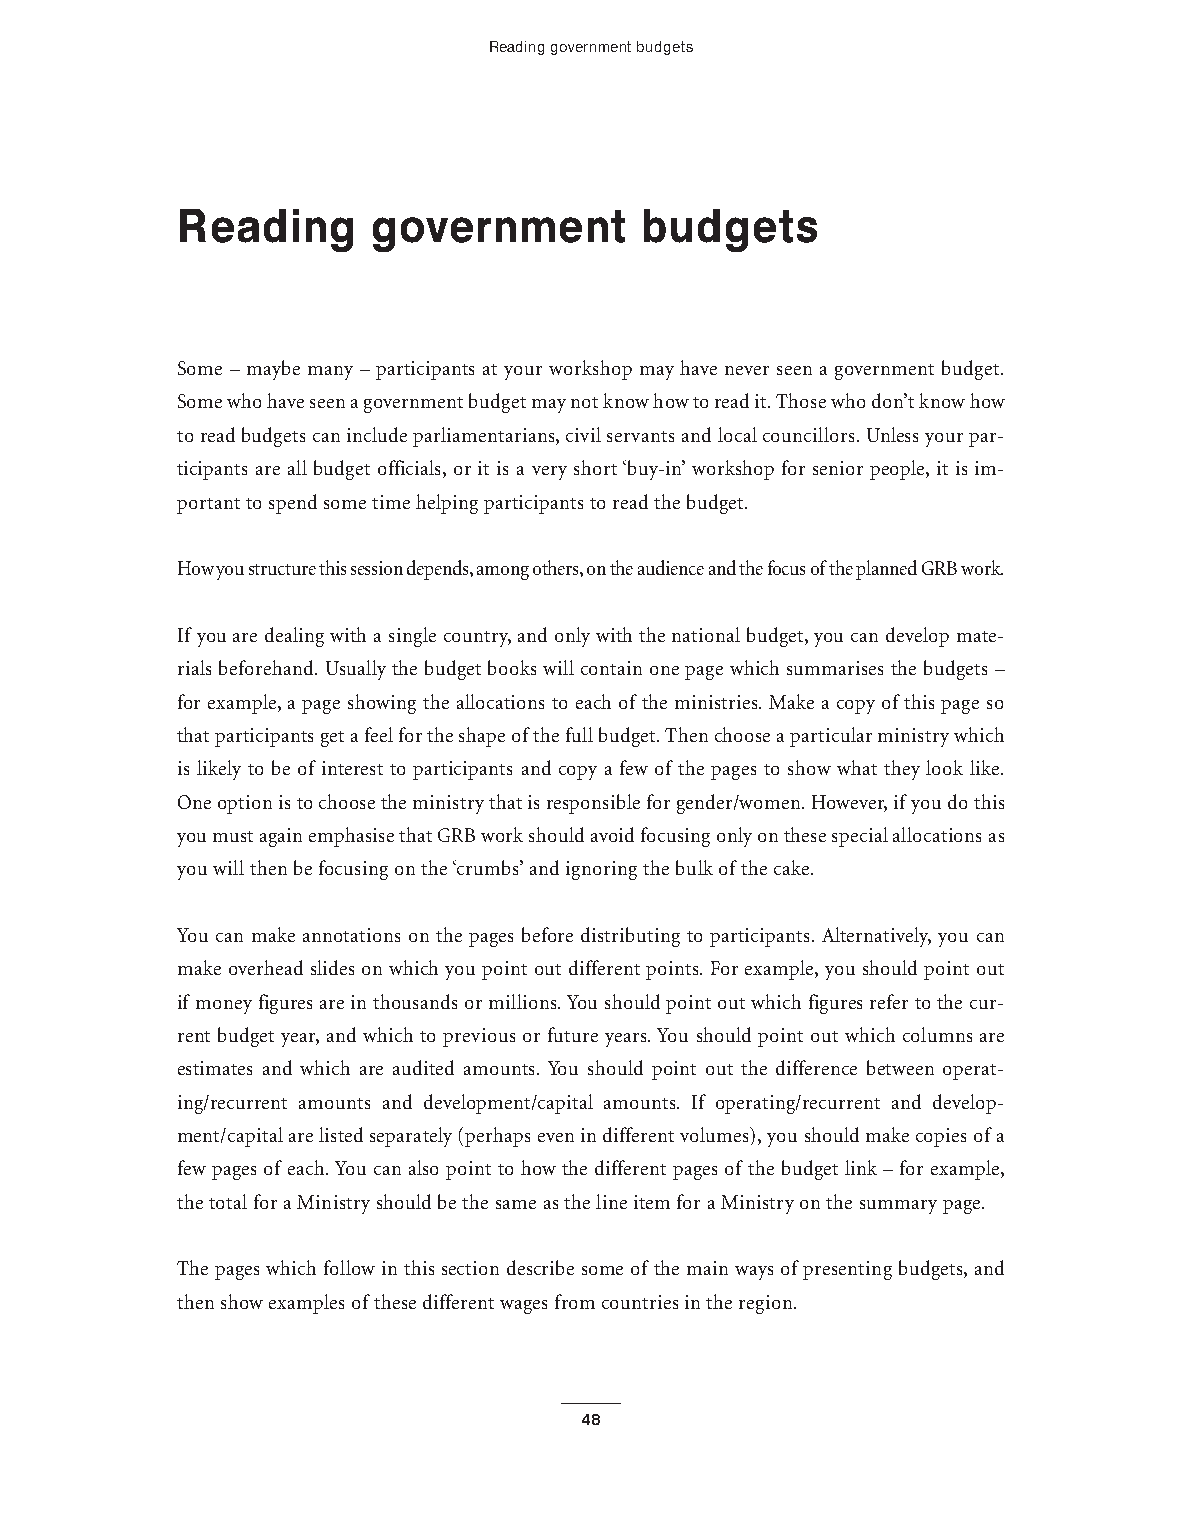
Reading government budgets
 Reading      government       budgets
 Some – maybe many – participants at your workshop may have never seen a government budget.
 Some who have seen a government budget may not know how to read it.Those who don’t know how
 to read budgets can include parliamentarians,civil servants and local councillors.Unless your par-
 ticipants are all budget officials,or it is a very short ‘buy-in’workshop for senior people,it is im-
 portant to spend some time helping participants to read the budget.
 How you structure this session depends,among others,on the audience and the focus ofthe planned GRB work.
 If you are dealing with a single country,and only with the national budget,you can develop mate-
 rials beforehand.Usually the budget books will contain one page which summarises the budgets –
 for example,a page showing the allocations to each of the ministries.Make a copy of this page so
 that participants get a feel for the shape ofthe full budget.Then choose a particular ministry which
 is likely to be of interest to participants and copy a few of the pages to show what they look like.
 One option is to choose the ministry that is responsible for gender/women.However,ifyou do this
 you must again emphasise that GRB work should avoid focusing only on these special allocations as
 you will then be focusing on the ‘crumbs’and ignoring the bulk of the cake.
 You can make annotations on the pages before distributing to participants.Alternatively, you can
 make overhead slides on which you point out different points.For example,you should point out
 if money figures are in thousands or millions.You should point out which figures refer to the cur-
 rent budget year,and which to previous or future years.You should point out which columns are
 estimates and which are audited amounts. You should point out the difference between operat-
 ing/recurrent amounts and development/capital amounts. If operating/recurrent and develop-
 ment/capital are listed separately (perhaps even in different volumes),you should make copies of a
 few pages of each.You can also point to how the different pages of the budget link – for example,
 the total for a Ministry should be the same as the line item for a Ministry on the summary page.
 The pages which follow in this section describe some of the main ways of presenting budgets,and
 then show examples of these different wages from countries in the region.
 48